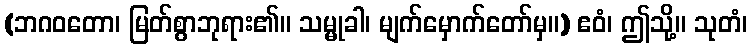
(ဘဂဝတော၊ မြတ်စွာဘုရား၏။ သမ္မုခါ၊ မျက်မှောက်တော်မှ။) ဧဝံ၊ ဤသို့။ သုတံ၊